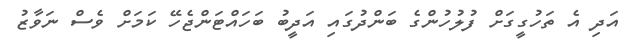
އަދި އެ ތަހުގީގަށް ފުލުހުންގެ ބަންދުގައި އަދީބު ބަހައްޓަންޖެހޭ ކަމަށް ވެސް ނަވާޒު